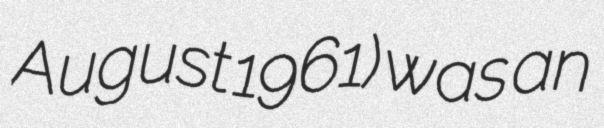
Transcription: August 1961) was an